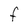
Character: F